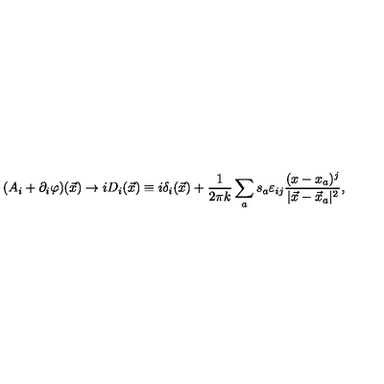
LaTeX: ( A _ { i } + \partial _ { i } \varphi ) ( \vec { x } ) \rightarrow i D _ { i } ( \vec { x } ) \equiv i \delta _ { i } ( \vec { x } ) + \frac { 1 } { 2 \pi k } \sum _ { a } s _ { a } \varepsilon _ { i j } \frac { ( x - x _ { a } ) ^ { j } } { | \vec { x } - \vec { x } _ { a } | ^ { 2 } } ,